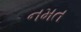
નમત